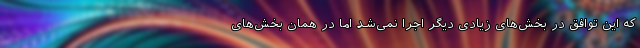
که این توافق در بخش‌های زیادی دیگر اجرا نمی‌شد اما در همان بخش‌های